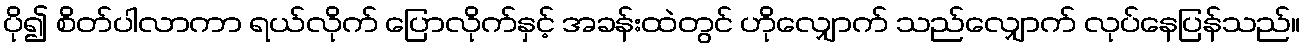
ပို၍ စိတ်ပါလာကာ ရယ်လိုက် ပြောလိုက်နှင့် အခန်းထဲတွင် ဟိုလျှောက် သည်လျှောက် လုပ်နေပြန်သည်။